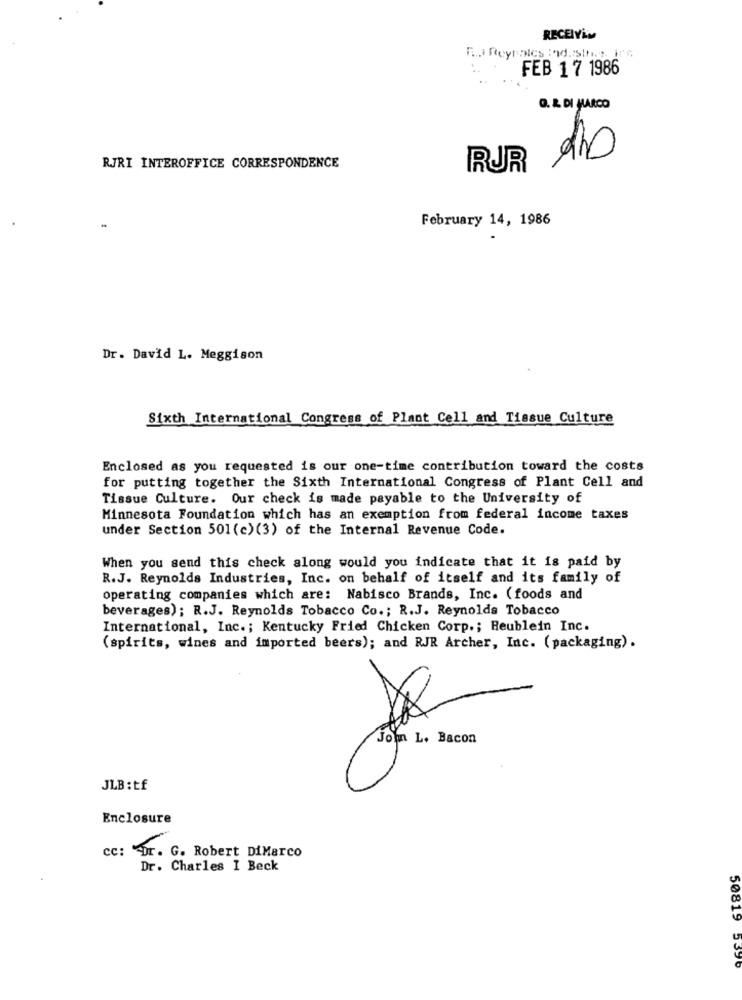
RECEIVEM
FEB 17 1986
Q. & DI MARCO
RJRI INTEROFFICE CORRESPONDENCE
RUR
February 14, 1986
.
Dr. David L. Meggison
Sixth International Congress of Plant Cell and Tissue Culture
Enclosed as you requested is our one-time contribution toward the costs
for putting together the Sixth International Congress of Plant Cell and
Tissue Culture. Our check is made payable to the University of
Minnesota Foundation which has an exemption from federal income taxes
under Section 501 (c) (3) of the Internal Revenue Code.
When you send this check along would you indicate that it is paid by
R.J. Reynolds Industries, Inc. on behalf of itself and its family of
operating companies which are: Nabisco Brands, Inc. (foods and
beverages); R.J. Reynolds Tobacco Co .; R.J. Reynolds Tobacco
International, Inc .; Kentucky Fried Chicken Corp .; Heublein Inc.
(spirits, wines and imported beers); and RJR Archer, Inc. (packaging).
John L. Bacon
JLB : tf
Enclosure
cc: Dr. G. Robert DiMarco
Dr. Charles I Beck
50819 5390